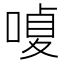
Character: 𠹘